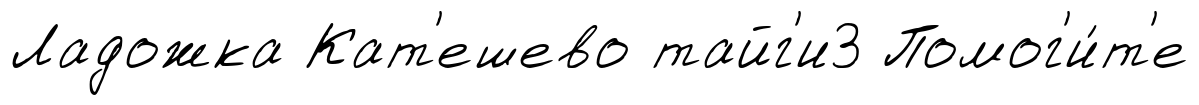
Ладожка Кат'ешево тайг'и3 Помог'и́т'е